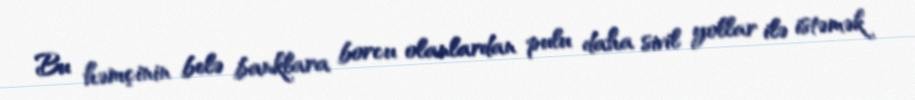
Bu həmçinin belə banklara borcu olanlardan pulu daha sivil yollar ilə istəmək